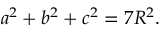
a ^ { 2 } + b ^ { 2 } + c ^ { 2 } = 7 R ^ { 2 } .